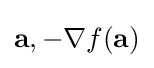
\mathbf {a} ,-\nabla f(\mathbf {a} )